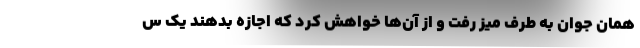
همان جوان به طرف میز رفت و از آن‌ها خواهش کرد که اجازه بدهند یک س